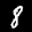
Label: 8